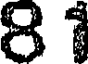
8 1